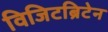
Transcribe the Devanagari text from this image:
विजिटब्रिटेन